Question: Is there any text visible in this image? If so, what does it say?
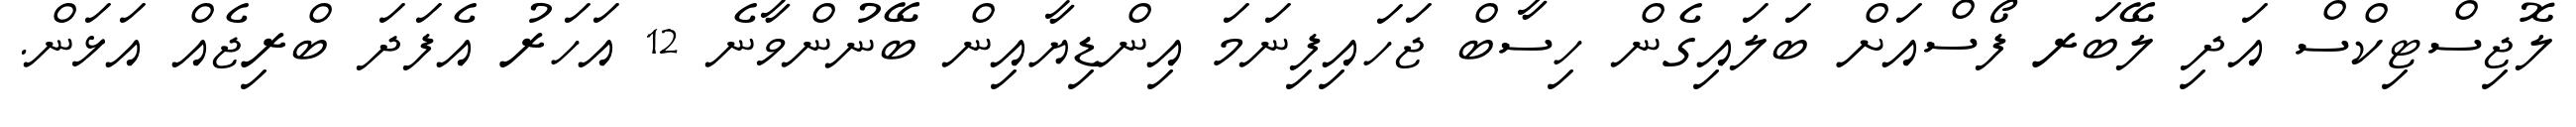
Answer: ލޮޖިސްޓިކްސް އަދި ލޭބަރ ފޯސްއަށް ބަލައިގެން ހިސާބް ޖަހައިފިނަމަ އިންޑިޔާއިން ބޭނުންވާނެ 12 އަހަރު އެފަދަ ބްރިޖެއް އަޅަން.